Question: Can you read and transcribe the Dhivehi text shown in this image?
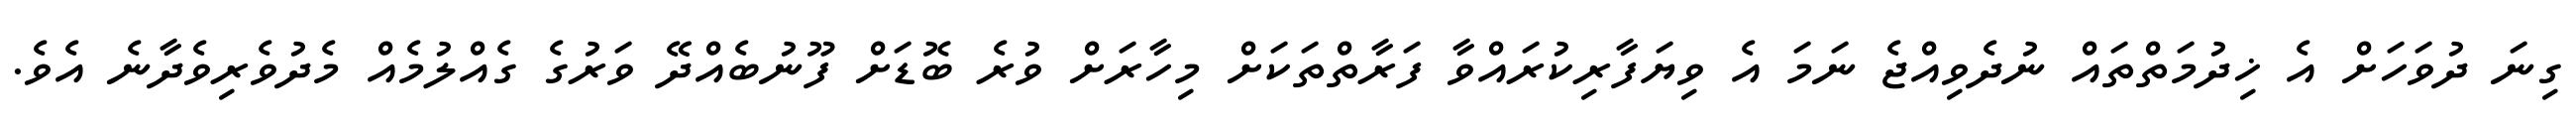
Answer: ގިނަ ދުވަހަށް އެ ޚިދުމަތްތައް ނުދެވިއްޖެ ނަމަ އެ ވިޔަފާރިކުރައްވާ ފަރާތްތަކަށް މިހާރަށް ވުރެ ބޮޑަށް ފޫނުބެއްދޭ ވަރުގެ ގެއްލުމެއް މެދުވެރިވެދާނެ އެވެ.